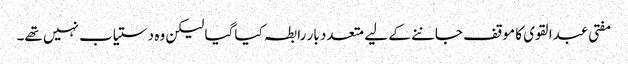
مفتی عبدالقوی کا موقف جاننے کے لیے متعدد بار رابطہ کیا گیا لیکن وہ دستیاب نہیں تھے۔